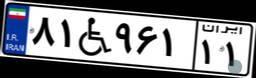
۸۱W۹۶۱۱۱